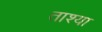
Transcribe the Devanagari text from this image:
ताश्या